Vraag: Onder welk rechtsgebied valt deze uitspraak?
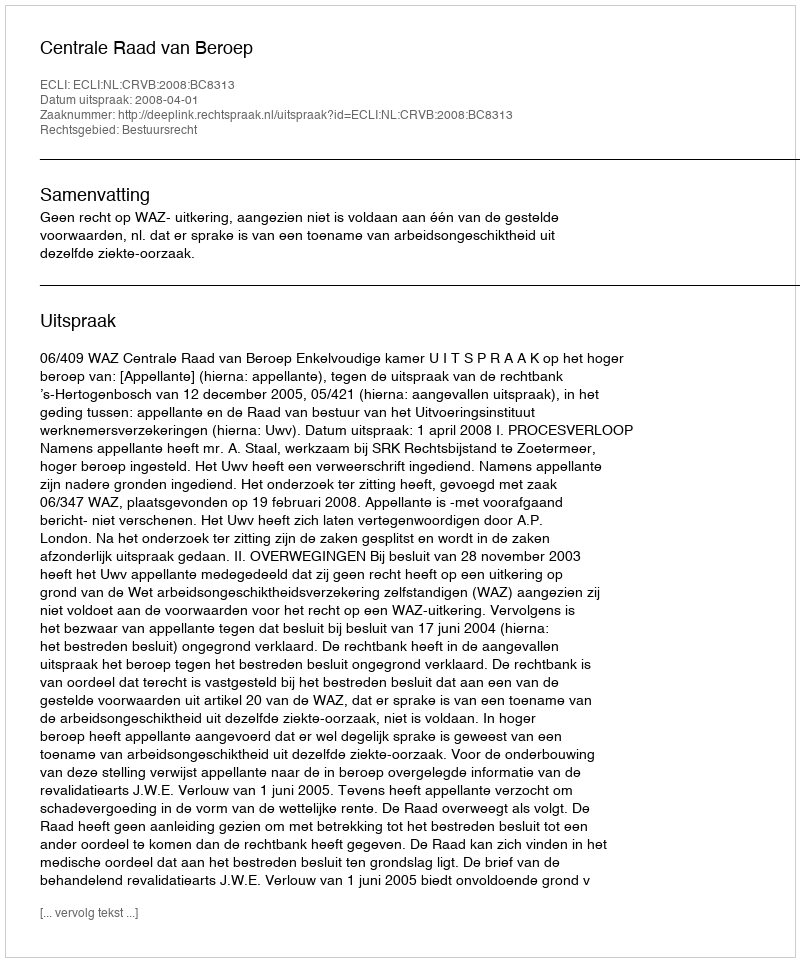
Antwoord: Bestuursrecht